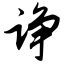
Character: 诤